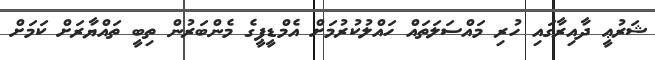
ޝަރުޢީ ދާއިރާގައި ހުރި މައްސަލަތައް ހައްލުކުރުމަށް އެމްޑީޕީގެ މެންބަރުން ތިބީ ތައްޔާރަށް ކަމަށް